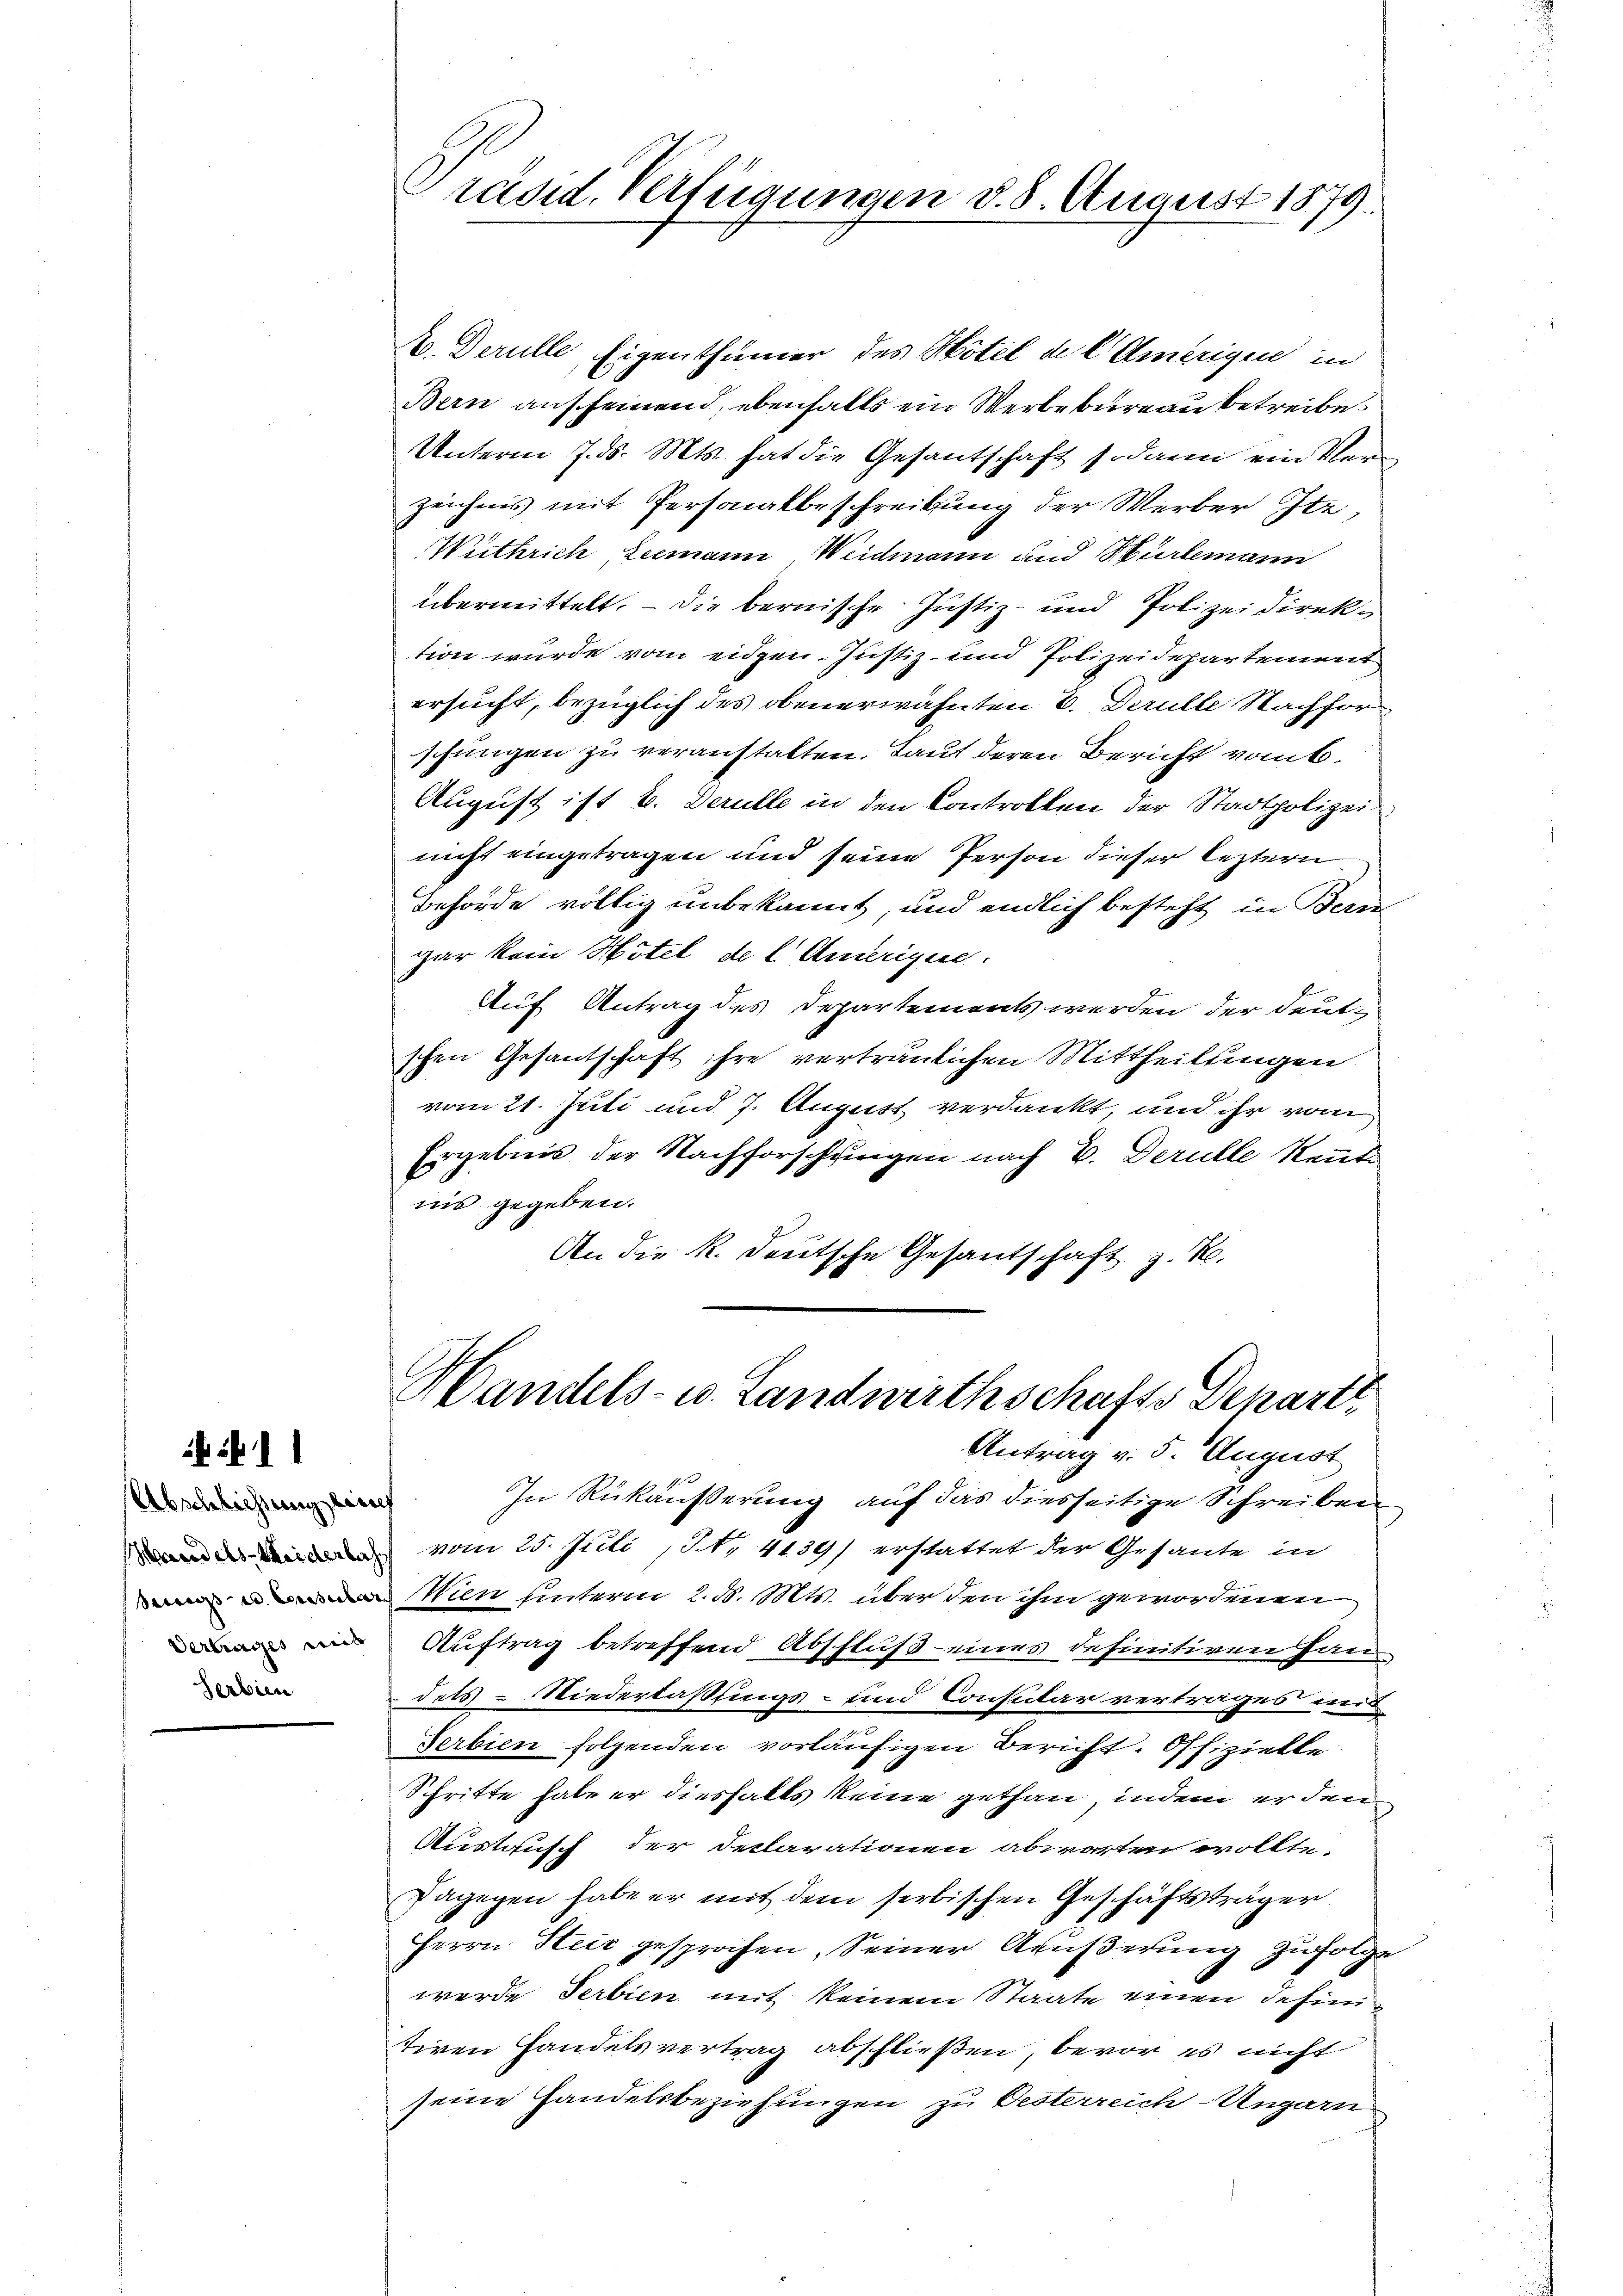
411

Abschliessung seines
Vertrages mit

Präsid. Verfügungen d. 8. August 1879.

V. Derulle, Eigenthümer des Hotel de l Amerigen in
Bern auscheinend, ebenfalls ein Werbebureau betreibe.
Unterm 7. ds. Mts. hat die Gesantschaft sodann ein Verzeichnis mit Personalbeschreibung der Werber Ite,
Withrich, Leemann Weidmann und Hürlemann
übermittelt, – die bernische Justiz- und Polizeidirektion wurde vom eidgen. Justiz- und Polizeidepartement
ersucht, bezüglich des obenerwähnten E. Derulle Nachforschungen zu veranstalten. Laut deren Bericht vom 6.
August ist b. Derulle in den Controllen der Stadtpolizeinicht eingetragen und seine Person dieser leztern
Behörde völlig unbekannt, und endlich besteht in Bern
gar kein Hotel de l Amerique.
Auf Antrag des Departements werden der deut-
schen Gesantschaft ihre vertraulichen Mittheilungen
vom 21. Juli und 7. August verdankt, und ihr vom
Ergebnis der Nachforschungen nach B. Derulle Rente
nis gegeben.
An die R. deutsche Gesantschaft z. R.

Handels- u. Landwirthschafts Departi
Antrag v. 5. August

In Rükäußerung auf das diesseitige Schreiben
 vom 25. Juli (N. 4139) erstattet der Gesante in
Wien hinterm 2. d. Mts. über den ihm gewordenen
Auftrag betreffend Abschluß eines definitiven Hau
dets-Niederlaßungs- und Consular vertrages unt
Serbien folgenden vorläufigen Bericht. Offizielle
Schritte habe er diesfalls keine gethan, indem er den¬
Austausch der Declarationen abwarten wollte.
Dagegen habe er mit dem serbischen Geschäftsträger
Herrn Steić gesprochen, Seiner Aüßerung zufolge
werde Serbien mit keinem Staate einen dahiertiren Handelsvertrag abschließen, bevor es nicht
seine Handelsbeziehungen zu Oesterreich-Ungarn